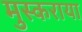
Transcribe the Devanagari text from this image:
मुस्कराया